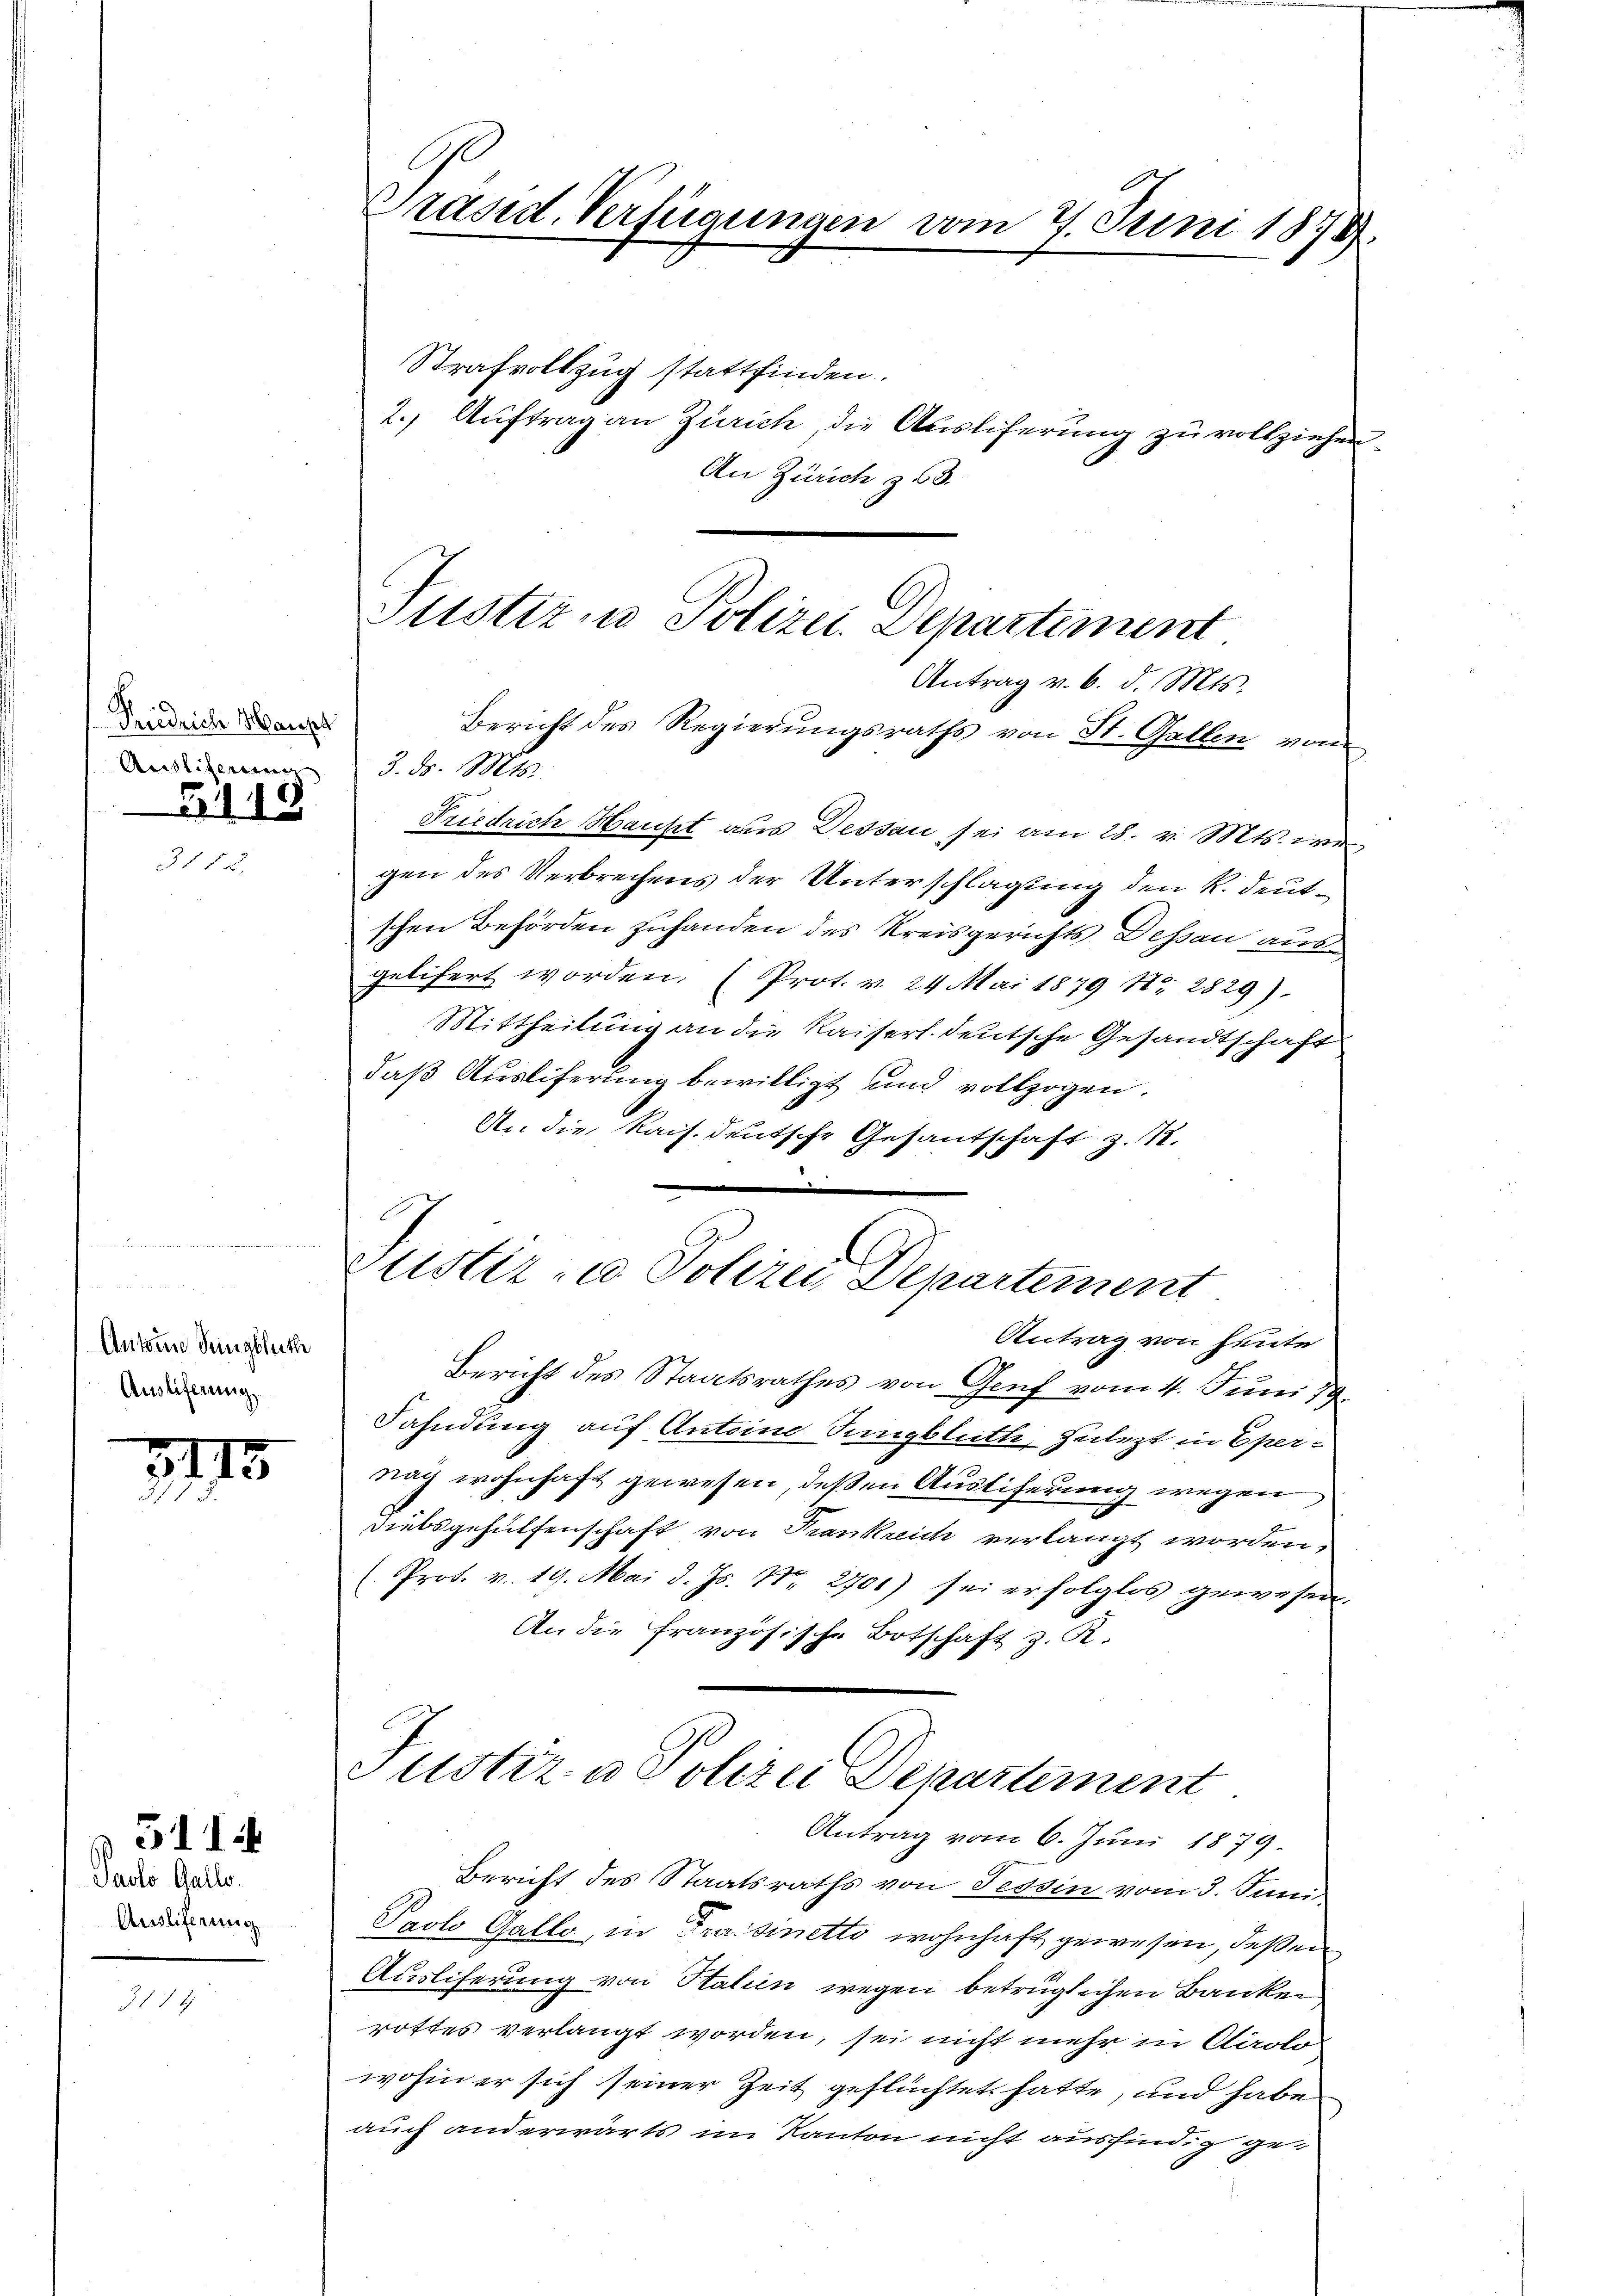
Friedrich Haush
Andlichen d. d. M.
118

Anton Sungblüthe
Auslieferung

211

Jaolo Gallo.
Ausliferung

119

514

Präsid. Verfügungen vom 7. Juni 1878

Strafvollzug stattfinden.
2.) Auftrag an Zürich, die Ausliferung zu vollziehen
An Zürich z. 58.
Friedrich Haucht aus Dessau sei am 28. v. Mts. we
gen des Verbrechens der Unterschlagung den R. deutschen Behörden zuhanden des Kreisgerichts Dessau aus
gelifert worden. (Prot. v. 24. Mai 1879 Nr 2829)
Mittheilung an die Kaiserl. deutsche Gesandtschaft
daß Ausliferung bewilligt und vollzogen.
An die Kais. Deutsche Gesantschaft z. 1.
l
Zustiz- u Polizei Departement
Antrag von heute
Bericht des Staatsrathes von Genf vom 4. Juni 19
Fahndung auf Antoine Sungbluth, zulezt in Epernach wohnhaft gewesen, deßen Austiferung wegen
Diebsgehülfenschaft von Krankreich verlangt worden,
(Prod. v. 19. Mai d. Js. Nr. 2701) sei erfolglos gewesen.
An die französische Botschaft z. R.
Justiz & Polizei Departement
Antrag vom 6. Juni 1879.
Bericht des Staatsraths von Tessin vom 3. Juni
Paolo Galle, in Fraisinetto wohnhaft gewesen, deßen
Ausliferung von Italien wegen betrüglichen Banken
rottes verlangt worden, sei nicht mehr in Airolo
wohin er sich seiner Zeit geflüchtet hatte, und habe
auch anderwärts im Kanton nicht ausfindig ge¬

Justiz in Polizei Departement
Antrag v. 6. d. Mts.
Bericht des Regierungsraths von St. Gallen vom